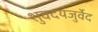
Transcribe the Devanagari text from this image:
शुक्दयजुर्वेद